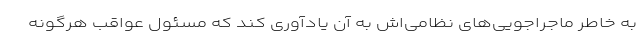
به خاطر ماجراجویی‌های نظامی‌اش به آن یادآوری کند که مسئول عواقب هرگونه